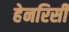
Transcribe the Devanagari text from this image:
हेनरिसी